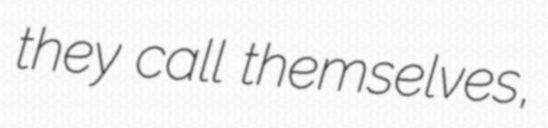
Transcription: they call themselves,